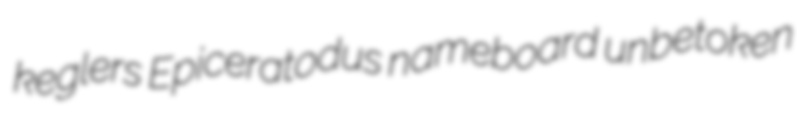
keglers Epiceratodus nameboard unbetoken